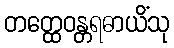
တတ္ထေဝန္တရဓာယိံသု